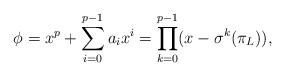
LaTeX: \begin{align*} \phi = x^p + \sum_{i=0}^{p-1} a_ix^i = \prod_{k=0}^{p-1} (x-\sigma^k(\pi_L)),\end{align*}